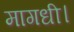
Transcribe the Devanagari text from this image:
मागधी।